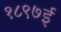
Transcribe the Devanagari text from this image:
१८९७ई